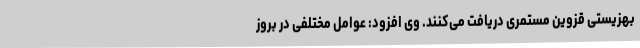
بهزیستی قزوین مستمری دریافت می‌کنند. وی افزود: عوامل مختلفی در بروز